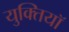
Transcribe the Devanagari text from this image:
युक्तियॉ